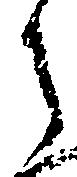
之